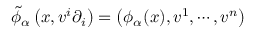
{ \widetilde { \phi } } _ { \alpha } \left( x , v ^ { i } \partial _ { i } \right) = \left( \phi _ { \alpha } ( x ) , v ^ { 1 } , \cdots , v ^ { n } \right)